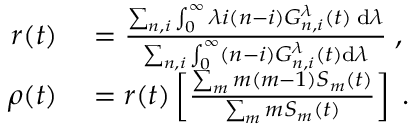
\begin{array} { r l } { r ( t ) } & { { } = \frac { \sum _ { n , i } \int _ { 0 } ^ { \infty } \lambda i ( n - i ) G _ { n , i } ^ { \lambda } ( t ) \; \mathrm { d } \lambda } { \sum _ { n , i } \int _ { 0 } ^ { \infty } ( n - i ) G _ { n , i } ^ { \lambda } ( t ) \mathrm { d } \lambda } \; , } \\ { \rho ( t ) } & { { } = r ( t ) \left[ \frac { \sum _ { m } m ( m - 1 ) S _ { m } ( t ) } { \sum _ { m } m S _ { m } ( t ) } \right] \; . } \end{array}